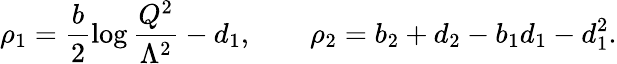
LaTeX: \rho_{1}=\frac{b}{2}\log\frac{Q^{2}}{\Lambda^{2}}-d_{1},\qquad\rho_{2}=b_{2}+d_{2}-b_{1}d_{1}-d_{1}^{2}.